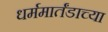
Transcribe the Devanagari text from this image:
धर्ममार्तंडाच्या